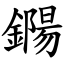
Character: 鐊